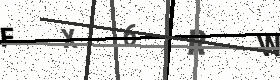
Text: FX6RW